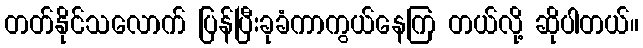
တတ်နိုင်သလောက် ပြန်ပြီးခုခံကာကွယ်နေကြ တယ်လို့ ဆိုပါတယ်။